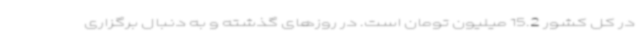
در کل کشور 15.2 میلیون تومان است. در روزهای گذشته و به دنبال برگزاری